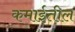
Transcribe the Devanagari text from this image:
कमाईतील